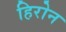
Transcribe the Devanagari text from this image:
हिरोन